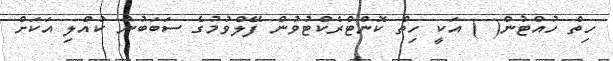
ހިތް ހުއްޓުން( ) އަކީ ހިތް ކޮންޓްރެކްޓުވުން ފޭލްވުމުގެ ސަބަބުން ކުއްލި އަކަށް